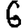
Digit: 6